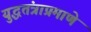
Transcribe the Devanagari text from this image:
युद्धतंत्राप्रमाणे